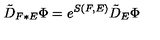
\tilde { D } _ { F \ast E } \Phi = e ^ { S ( F , E ) } \tilde { D } _ { E } \Phi